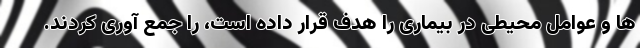
ها و عوامل محیطی در بیماری را هدف قرار داده است، را جمع آوری کردند.